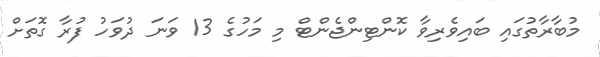
މުބާރާތުގައި ބައިވެރިވާ ކޮންޓިންޖެންޓް މި މަހުގެ 13 ވަނަ ދުވަހު ފުރާ ގޮތަށް